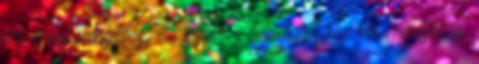
női óriásműlesiklás, női super g Gönczi Vera női műlesiklás,